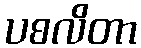
ပစလိတာ